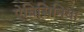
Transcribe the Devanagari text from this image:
ऐबिसिनिया